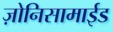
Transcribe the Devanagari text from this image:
ज़ोनिसामाईड